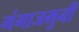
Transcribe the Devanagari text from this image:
गंगाजमुनी